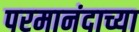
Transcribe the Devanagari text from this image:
परमानंदाच्या